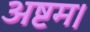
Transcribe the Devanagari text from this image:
अष्टम।